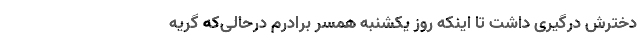
دخترش درگیری داشت تا اینکه روز یکشنبه همسر برادرم درحالی‌که گریه